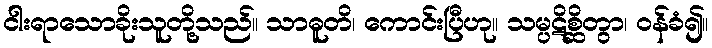
ငါးရာသောခိုးသူတို့သည်။ သာဓူတိ၊ ကောင်းပြီဟု။ သမ္ပဋိစ္ဆိတွာ၊ ဝန်ခံ၍။